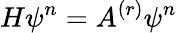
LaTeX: H\psi^{n}=A^{(r)}\psi^{n}